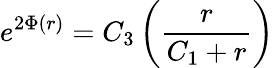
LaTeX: e^{2\Phi(r)}=C_{3}\left(\frac{r}{C_{1}+r}\right)